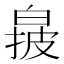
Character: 𬐌